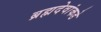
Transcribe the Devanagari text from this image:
ब्रह्मदेवांकडे